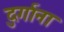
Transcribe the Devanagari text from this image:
दुर्गाना